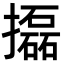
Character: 㩡